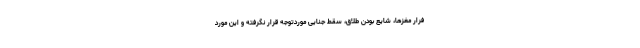
فرار مغزها، شایع بودن طلاق، سقط جنایی موردتوجه قرار نگرفته و این مورد